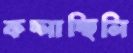
কচ্‌লাচ্ছিলি